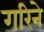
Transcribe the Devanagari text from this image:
गरिने